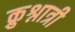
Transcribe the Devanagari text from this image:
क्रुश्नात्री